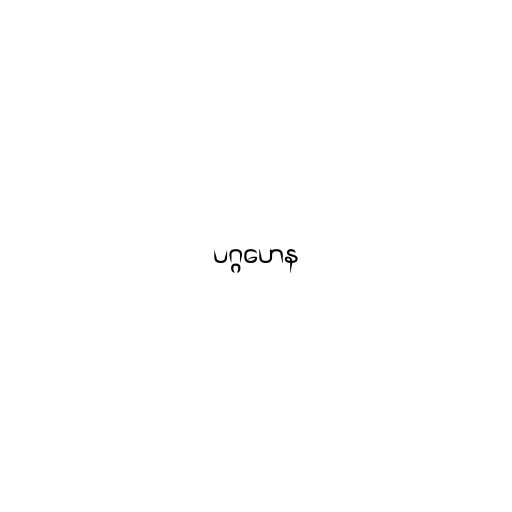
ပဂ္ဂဟေန